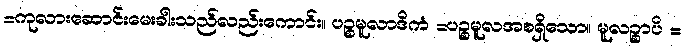
=ကုလားဆောင်းမေးခါးသည်လည်းကောင်း။ ပဉ္စမူလာဒိကံ =ပဉ္စမူလအစရှိသော။ မူလဉ္စာပိ =